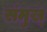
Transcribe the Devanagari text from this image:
संमुख्